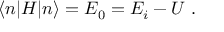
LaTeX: \langle n | H | n \rangle = E _ { 0 } = E _ { i } - U \ .